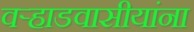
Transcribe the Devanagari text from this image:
वर्‍हाडवासीयांना